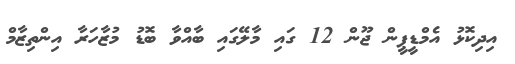
އިދިކޮޅު އެމްޑީޕީން ޖޫން 12 ގައި މާލޭގައި ބާއްވާ ބޮޑު މުޒާހަރާ އިންތިޒާމް